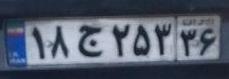
۱۸ج۲۵۳۳۶